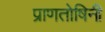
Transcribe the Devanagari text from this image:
प्राणतोषिनी